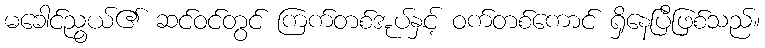
မခေါင်ညွယ်၏ ဆင်ဝင်တွင် ကြက်တစ်အုပ်နှင့် ဝက်တစ်ကောင် ရှိနေပြီဖြစ်သည်။